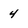
Character: 4